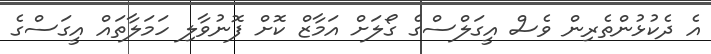
އެ ދެކުޅުންތެރިން ވެސް އީގަލްސްގެ ގޯލަށް އަމާޒް ކޮށް ފޮނުވާލި ހަމަލާތައް އީގަސްގެ